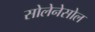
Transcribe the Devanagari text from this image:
सोलेनेसोल